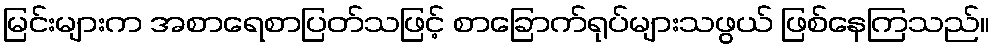
မြင်းများက အစာရေစာပြတ်သဖြင့် စာခြောက်ရုပ်များသဖွယ် ဖြစ်နေကြသည်။